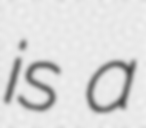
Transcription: is a